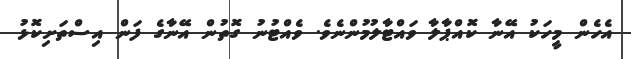
އެހެން މީހަކު އޭނާ ކޮއްޕާލާ ވައްޓާލުމުންނެވެ. ވެއްޓުނު ގޮތުން އޭނާގެ ފަން އިސްތަށިކޮޅު